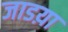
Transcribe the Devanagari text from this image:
जाडय़ा